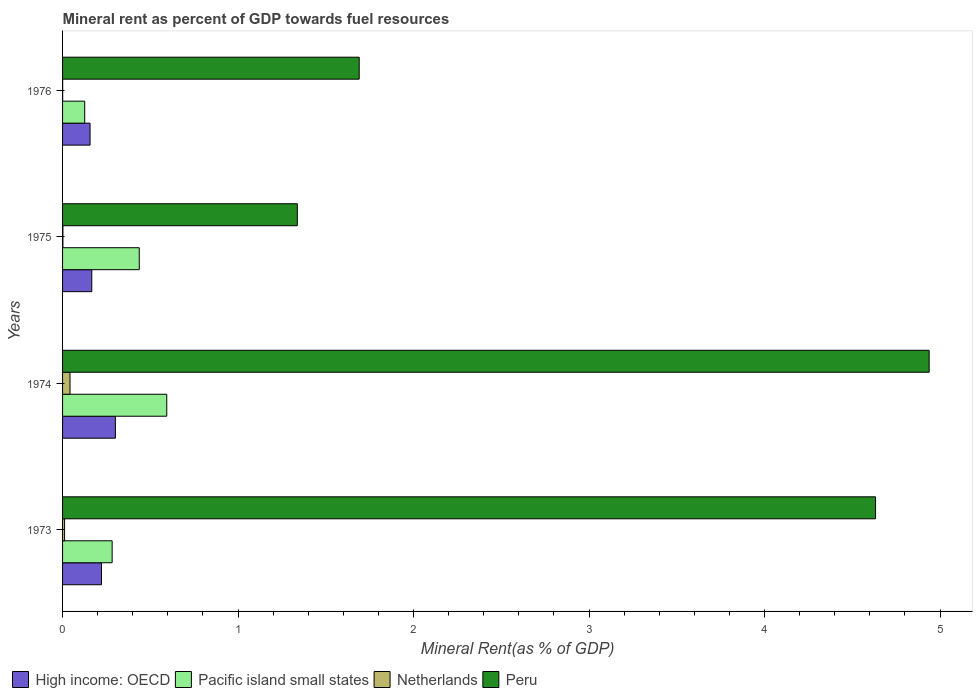
| Years | High income: OECD | Pacific island small states | Netherlands | Peru |
 | --- | --- | --- | --- | --- |
 | 1973 | 0.222 | 0.282 | 0.0115 | 4.63 |
 | 1974 | 0.301 | 0.594 | 0.0424 | 4.94 |
 | 1975 | 0.167 | 0.437 | 0.00193 | 1.34 |
 | 1976 | 0.157 | 0.126 | 0.000534 | 1.69 |